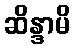
ဆိန္ဒာမိ